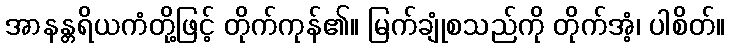
အာနန္တရိယကံတို့ဖြင့် တိုက်ကုန်၏။ မြက်ချုံစသည်ကို တိုက်အံ့၊ ပါစိတ်။